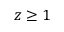
z \ge 1